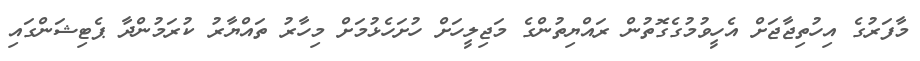
މާފަރުގެ އިހުތިޖާޖަށް އެހީވުމުގެގޮތުން ރައްޔިތުންގެ މަޖިލީހަށް ހުށަހެޅުމަށް މިހާރު ތައްޔާރު ކުރަމުންދާ ޕެޓިޝަންގައި